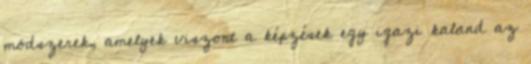
módszerek, amelyek viszont a képzések egy igazi kaland az